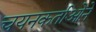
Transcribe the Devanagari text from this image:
चयनकर्ताओंने